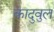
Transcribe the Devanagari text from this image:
कादुवुल